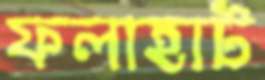
ফলাহাট